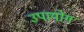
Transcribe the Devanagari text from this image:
उपायोग